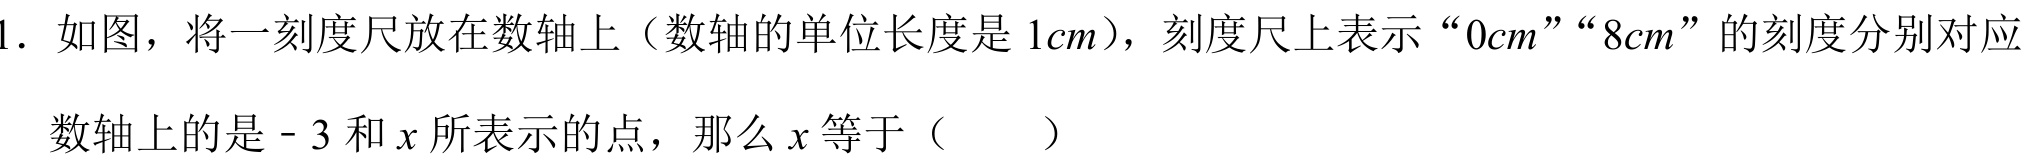
1. 如图，将一刻度尺放在数轴上（数轴的单位长度是 \(1cm\)），刻度尺上表示“\(0cm\)”“\(8cm\)”的刻度分别对应
数轴上的是\(- 3\)和\(x\)所表示的点，那么\(x\)等于（  ）